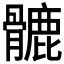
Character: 𩪉